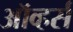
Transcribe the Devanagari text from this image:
ऑव्हर्स